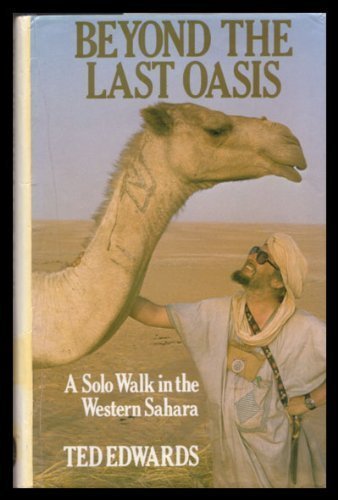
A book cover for Beyond the Last Oasis: Solo Walk in the Western Sahara; Ted Edwards; Travel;